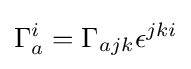
\Gamma _{a}^{i}=\Gamma _{ajk}\epsilon ^{jki}